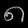
Digit: ၈